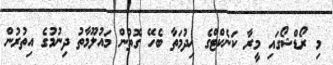
މި ރޯޑްޝޯގައި މީރާ ކަނެކްޓްގެ ޚިދުމަތާ ބެހޭ ގޮތުން މައުލޫމާތު ދިނުމުގެ އިތުރުން